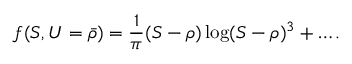
f ( S , U = { \bar { \rho } } ) = { \frac { 1 } { \pi } } ( S - \rho ) \log ( S - \rho ) ^ { 3 } + \dots .